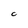
Character: C